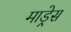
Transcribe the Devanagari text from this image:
माड्रेस